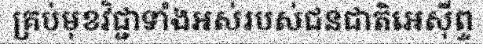
គ្រប់មុខវិជ្ជាទាំងអស់របស់ជនជាតិអេស៊ីព្ទ